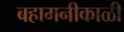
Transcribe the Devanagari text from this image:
बहामनीकाळी